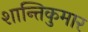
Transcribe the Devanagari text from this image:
शान्तिकुमार